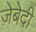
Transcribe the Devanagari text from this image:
ज़ेबेदी